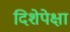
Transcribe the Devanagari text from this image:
दिशेपेक्षा